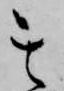
其